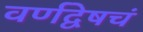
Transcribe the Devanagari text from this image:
वर्णद्वेषचं